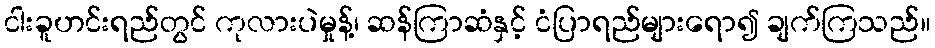
ငါးခူဟင်းရည်တွင် ကုလားပဲမှုန့်၊ ဆန်ကြာဆံနှင့် ငံပြာရည်များရော၍ ချက်ကြသည်။